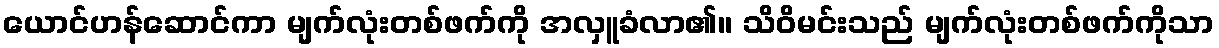
ယောင်ဟန်ဆောင်ကာ မျက်လုံးတစ်ဖက်ကို အလှူခံလာ၏။ သိဝိမင်းသည် မျက်လုံးတစ်ဖက်ကိုသာ